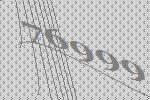
76999